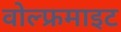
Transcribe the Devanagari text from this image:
वोल्फ्रमाइट